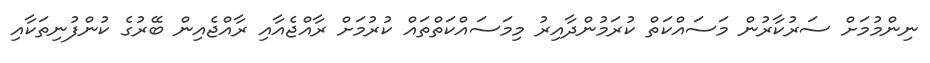
ނިންމުމަށް ސަރުކާރުން މަސައްކަތް ކުރަމުންދާއިރު މިމަސައްކަތްތައް ކުރުމަށް ރާއްޖެއާއި ރާއްޖެއިން ބޭރުގެ ކުންފުނިތަކާއި